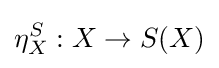
\eta _{X}^{S}:X\to S(X)